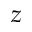
z